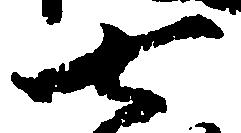
七